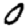
Digit: 0